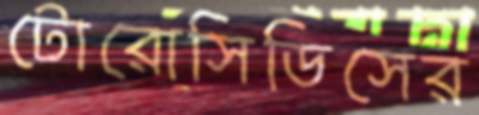
টোরোসিডিসের